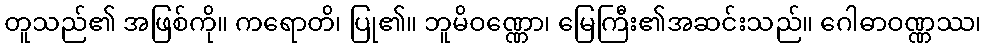
တူသည်၏ အဖြစ်ကို။ ကရောတိ၊ ပြု၏။ ဘူမိဝဏ္ဏော၊ မြေကြီး၏အဆင်းသည်။ ဂေါဓာဝဏ္ဏဿ၊